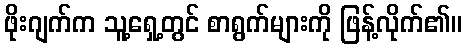
ဖိုးဂျက်က သူ့ရှေ့တွင် စာရွက်များကို ဖြန့်လိုက်၏။